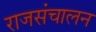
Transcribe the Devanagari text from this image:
राजसंचालन